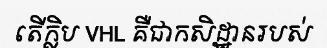
តើក្លិប VHL គឺជាកសិដ្ឋានរបស់